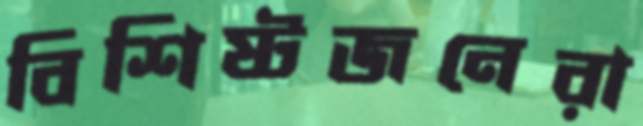
বিশিষ্টজনেরা